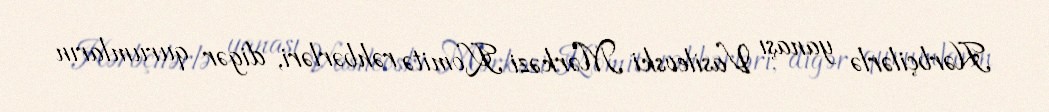
Hərbçilərlə yanaşı Vasilevski Mərkəzi Komitə rəhbərləri, digər qurumların